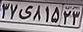
۳۷ی۸۱۵۲۳